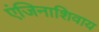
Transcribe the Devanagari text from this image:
एंजिनाशिवाय